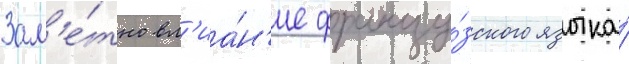
Зам'е́тно вл'иа́н'ие францу́зского языка́